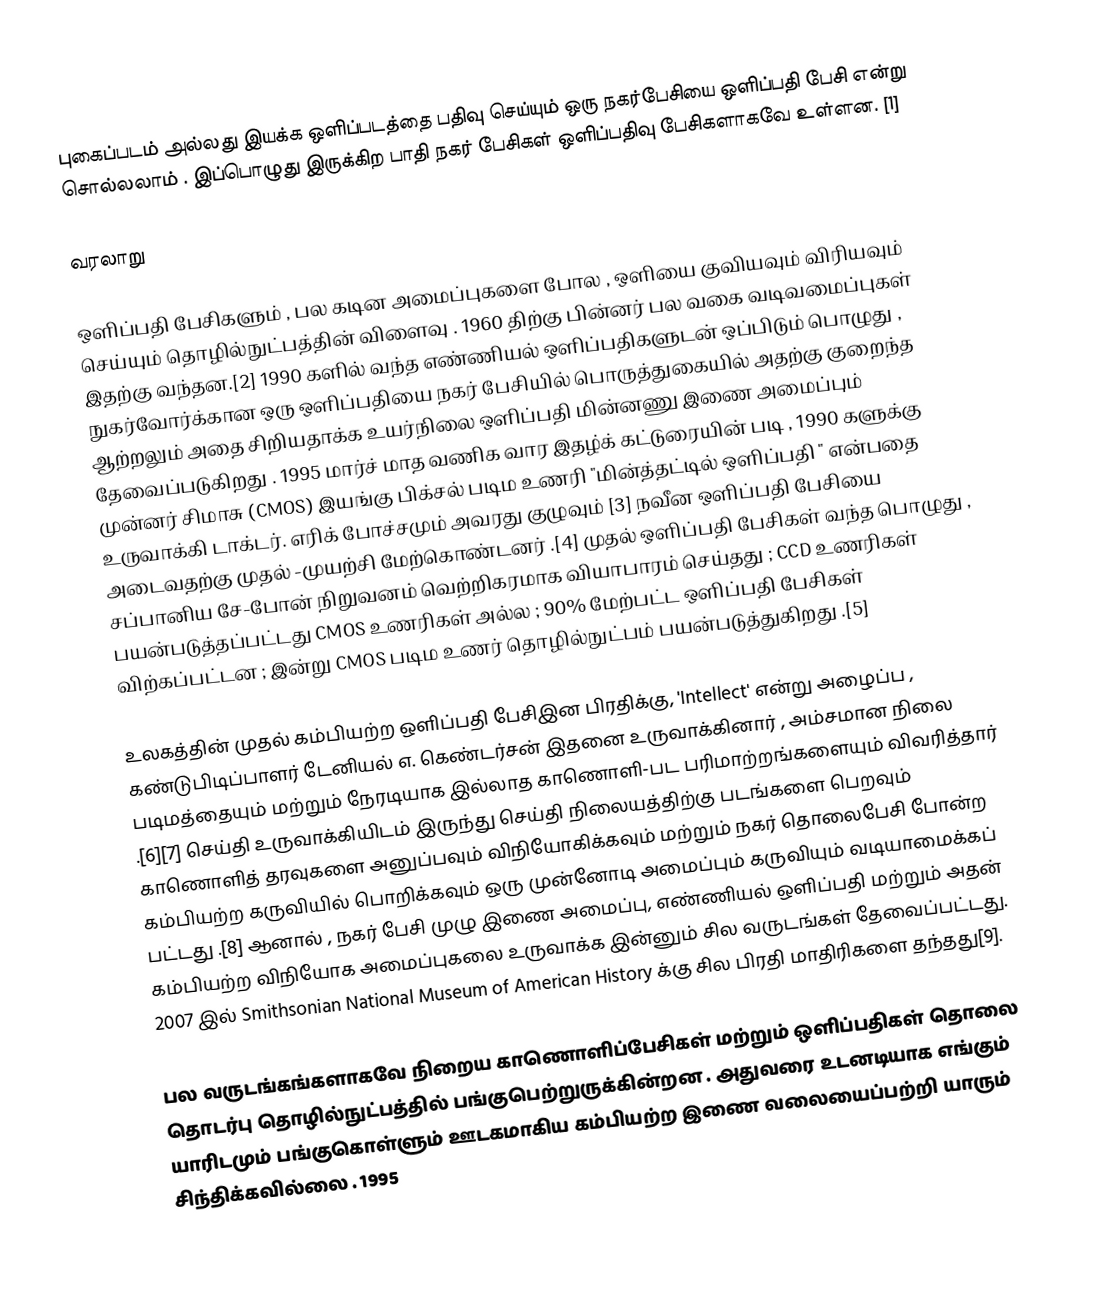
புகைப்படம் அல்லது இயக்க ஒளிப்படத்தை பதிவு செய்யும் ஒரு நகர்பேசியை ஒளிப்பதி பேசி என்று சொல்லலாம் . இப்பொழுது இருக்கிற பாதி நகர் பேசிகள் ஒளிப்பதிவு பேசிகளாகவே உள்ளன. [1]

வரலாறு

ஒளிப்பதி பேசிகளும் , பல கடின அமைப்புகளை போல , ஒளியை குவியவும் விரியவும் செய்யும் தொழில்நுட்பத்தின் விளைவு . 1960 திற்கு பின்னர் பல வகை வடிவமைப்புகள் இதற்கு வந்தன.[2] 1990 களில் வந்த எண்ணியல் ஒளிப்பதிகளுடன் ஒப்பிடும் பொழுது , நுகர்வோர்க்கான ஒரு ஒளிப்பதியை நகர் பேசியில் பொருத்துகையில் அதற்கு குறைந்த ஆற்றலும் அதை சிறியதாக்க உயர்நிலை ஒளிப்பதி மின்னணு இணை அமைப்பும் தேவைப்படுகிறது . 1995 மார்ச் மாத வணிக வார இதழ்க் கட்டுரையின் படி , 1990 களுக்கு முன்னர் சிமாசு (CMOS) இயங்கு பிக்சல் படிம உணரி "மின்த்தட்டில் ஒளிப்பதி " என்பதை உருவாக்கி டாக்டர். எரிக் போச்சமும் அவரது குழுவும் [3] நவீன ஒளிப்பதி பேசியை அடைவதற்கு முதல் -முயற்சி மேற்கொண்டனர் .[4] முதல் ஒளிப்பதி பேசிகள் வந்த பொழுது , சப்பானிய சே-போன் நிறுவனம் வெற்றிகரமாக வியாபாரம் செய்தது ; CCD உணரிகள் பயன்படுத்தப்பட்டது CMOS உணரிகள் அல்ல ; 90% மேற்பட்ட ஒளிப்பதி பேசிகள் விற்கப்பட்டன ; இன்று CMOS படிம உணர் தொழில்நுட்பம் பயன்படுத்துகிறது .[5]

உலகத்தின் முதல் கம்பியற்ற ஒளிப்பதி பேசிஇன பிரதிக்கு, 'Intellect' என்று அழைப்ப , கண்டுபிடிப்பாளர் டேனியல் எ. கெண்டர்சன் இதனை உருவாக்கினார் , அம்சமான நிலை படிமத்தையும் மற்றும் நேரடியாக இல்லாத காணொளி-பட பரிமாற்றங்களையும் விவரித்தார் .[6][7] செய்தி உருவாக்கியிடம் இருந்து செய்தி நிலையத்திற்கு படங்களை பெறவும் காணொளித் தரவுகளை அனுப்பவும் விநியோகிக்கவும் மற்றும் நகர் தொலைபேசி போன்ற கம்பியற்ற கருவியில் பொறிக்கவும் ஒரு முன்னோடி அமைப்பும் கருவியும் வடியாமைக்கப் பட்டது .[8] ஆனால் , நகர் பேசி முழு இணை அமைப்பு, எண்ணியல் ஒளிப்பதி மற்றும் அதன் கம்பியற்ற விநியோக அமைப்புகலை உருவாக்க இன்னும் சில வருடங்கள் தேவைப்பட்டது. 2007 இல் Smithsonian National Museum of American History க்கு சில பிரதி மாதிரிகளை தந்தது[9].

பல வருடங்கங்களாகவே நிறைய காணொளிப்பேசிகள் மற்றும் ஒளிப்பதிகள் தொலை தொடர்பு தொழில்நுட்பத்தில் பங்குபெற்றுருக்கின்றன . அதுவரை உடனடியாக எங்கும் யாரிடமும் பங்குகொள்ளும் ஊடகமாகிய கம்பியற்ற இணை வலையைப்பற்றி யாரும் சிந்திக்கவில்லை . 1995